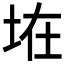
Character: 𱖞